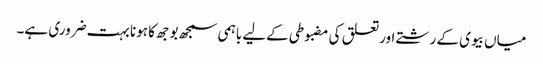
میاں بیوی کے رشتے اور تعلق کی مضبوطی کےلیے باہمی سمجھ بوجھ کا ہونا بہت ضروری ہے۔